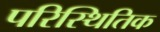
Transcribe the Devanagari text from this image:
परिस्थितिक